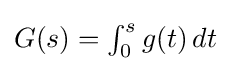
{\textstyle G(s)=\int _{0}^{s}g(t)\,dt}